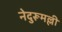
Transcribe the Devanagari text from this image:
नेदुरूमल्ली